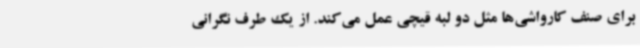
برای صنف کارواشی‌ها مثل دو لبه قیچی عمل می‌کند. از یک طرف نگرانی